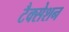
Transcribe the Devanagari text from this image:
टैक्सेशन